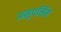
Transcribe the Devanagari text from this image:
अनुपसिंह